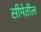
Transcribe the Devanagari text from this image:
सीमेतील